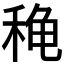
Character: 𬓫